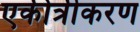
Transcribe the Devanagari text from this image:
एकीत्रीकरण